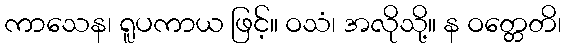
ကာသေန၊ ရူပကာယ ဖြင့်။ ဝသံ၊ အလိုသို့။ န ဝတ္တေတိ၊